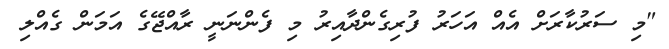
"މި ސަރުކާރަށް އެއް އަހަރު ފުރިގެންދާއިރު މި ފެންނަނީ ރާއްޖޭގެ އަމަން ގެއްލި